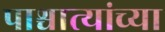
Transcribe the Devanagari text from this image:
पाश्चात्यांच्या